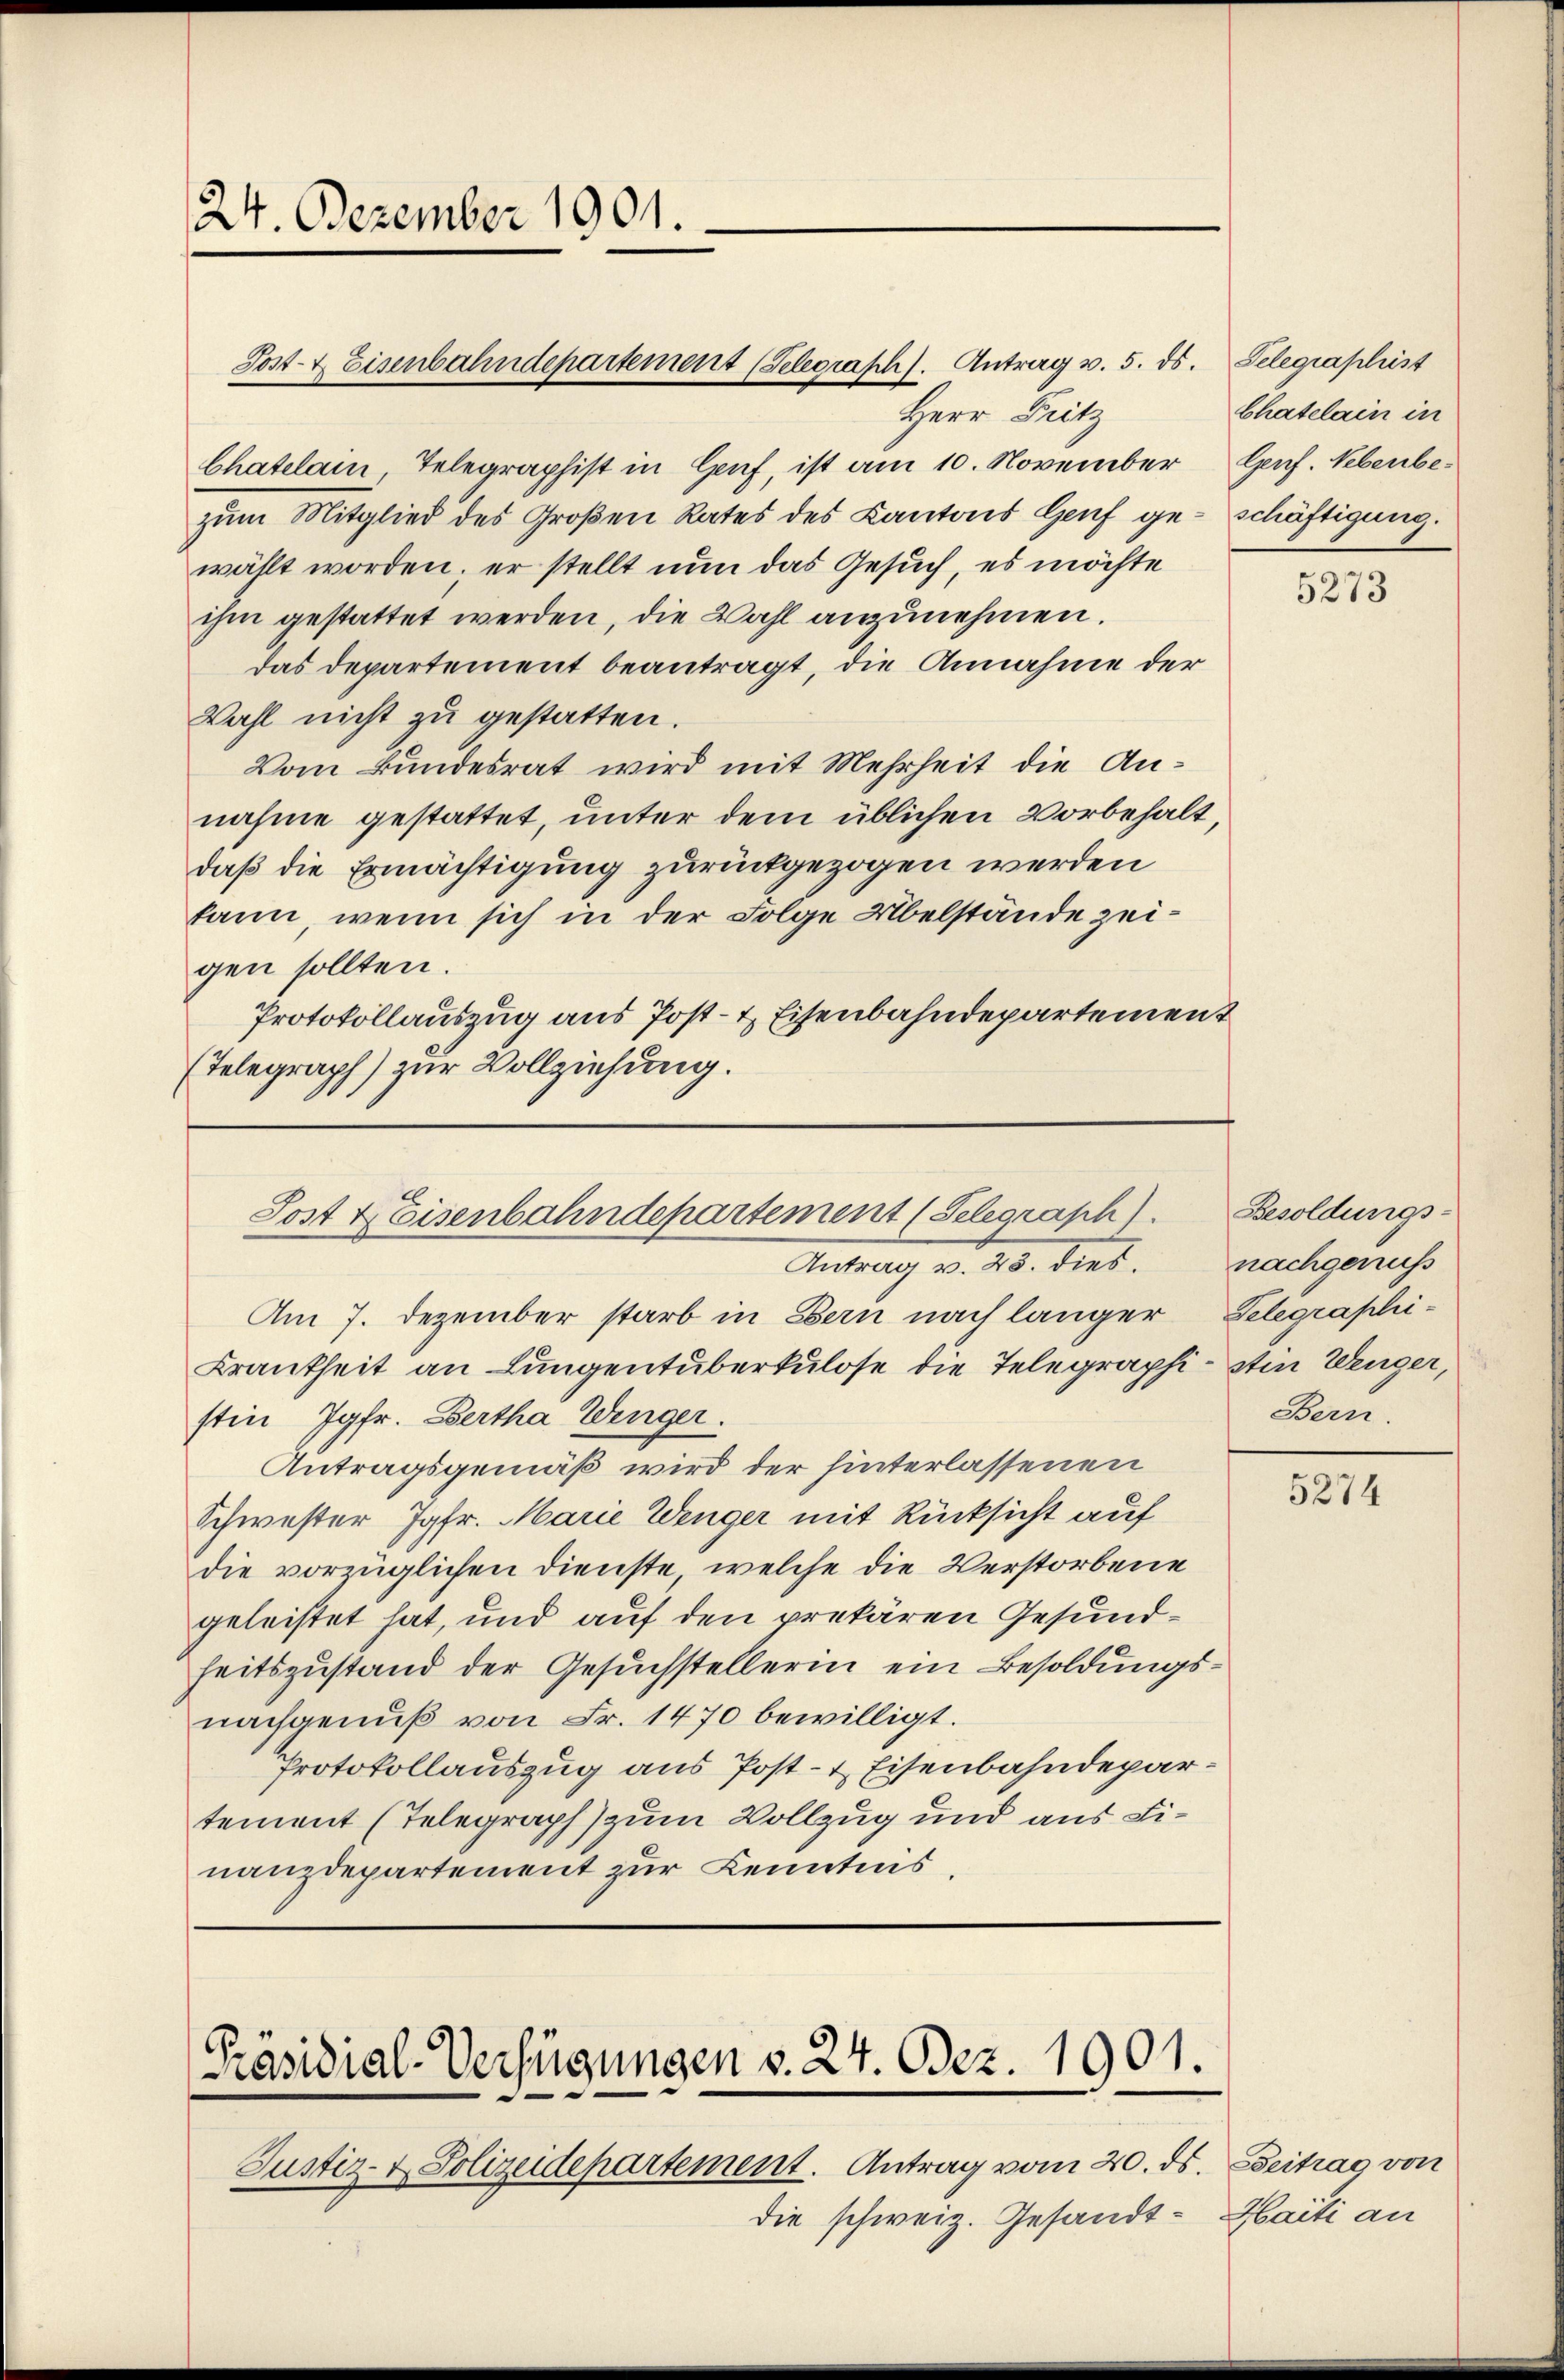
24. Dezember 1901.

Herr Fritz
bhatelam Telegraphist in Genf, ist am 10. November Genf. Nebenbezum Mitglied des Großen Rates des Kantons Genf geschäftigung.
wählt worden; er stellt nun das Gesuch, es möchte
ihm gestattet werden, die Wahl anzunehmen.
das Departement beantragt, die Annahme der
Wahl nicht zu gestatten.
Vom Bundesrat wird mit Mehrheit die Annahme gestattet, unter dem üblichen Vorbehalt,
daß die Ermächtigung zurückgezogen werden
kann, wenn sich in der Folge Übelstände zeigen sollten.
Protokollauszug aus Post- & Eisenbahndepartement
(Telegraph) zur Vollziehung.

Post- & Eisenbahndepartement (Telegraph). Antrag v. 5. ds. Telegraphist

Sost & Eisenbahndepartement (Selegraph
Antrag v. 23. dies

Am 7. Dezember starb in Bern nach länger Telegraphi¬
Krankheit an Lungentuberkulose die Telegraphi- Ein Wenger,
stin Jgfr. Bertha Wenger.
Antragsgemäß wird der hinterlassenen
Schwester Jgfr. Marie Wenger mit Rücksicht auf
die vorzüglichen Dienste, welche die Verstorbene
geleistet hat, und auf den prekären Gesundheitszustand der Gesuchstellerin ein Besoldungsnachgenuß von Fr. 1470 bewilligt.
Protokollauszug aus Post- & Eisenbahndepartement (Telegraph) zum Vollzug und aus Finanzdepartement zur Kenntnis,

Präsidial-Verfügungen v. 24. Dez. 1901.

Justiz- & Polizeidepartement. Antrag vom 20. ds. Beitrag von
die schweiz. Gesandt¬

Chatelain in

5273

Besoldungsnachgenuss
Bern.

5274

Haiti an